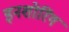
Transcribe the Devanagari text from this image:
इनशोरिंग